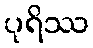
ပုရိဿ